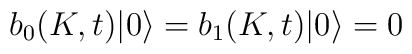
b_{0}(K,t)|0\rangle =b_{1}(K,t)|0\rangle =0